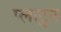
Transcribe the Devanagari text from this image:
प्लाटुन